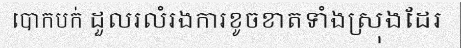
បោកបក់ ដួលរលំរងការខូចខាតទាំងស្រុងដែរ